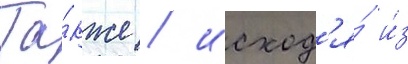
Та́кже / исход'я́ и́з